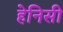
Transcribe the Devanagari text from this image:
हेनिसी